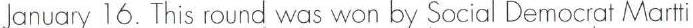
January 16. This round was won by Social Democrat Martti